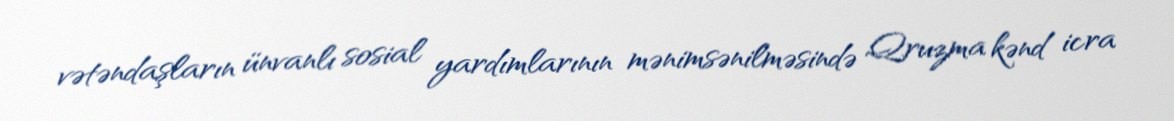
vətəndaşların ünvanlı sosial yardımlarının mənimsənilməsində Qruzma kənd icra